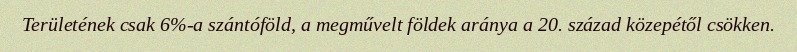
Területének csak 6%-a szántóföld, a megművelt földek aránya a 20. század közepétől csökken.